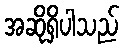
အဆိုရှိပါသည်